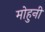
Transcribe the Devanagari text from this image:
मोहुनी